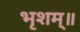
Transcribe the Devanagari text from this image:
भृशम्॥